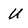
Character: U